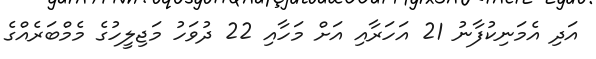
އަދި އެމަނިކުފާނު 21 އަހަރާއި އަށް މަހާއި 22 ދުވަހު މަޖިލީހުގެ މެމްބަރެއްގެ